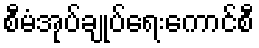
စီမံအုပ်ချုပ်ရေးကောင်စီ